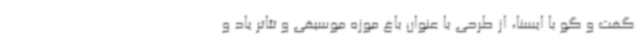
گفت و گو با ایسنا، از طرحی با عنوان باغ موزه موسیقی و تئاتر یاد و